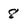
Character: 8